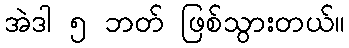
အဲဒါ ၅ ဘတ် ဖြစ်သွားတယ်။